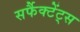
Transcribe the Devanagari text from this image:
सर्फैक्टेंट्स